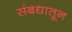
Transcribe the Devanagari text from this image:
संबधातून